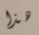
هذا